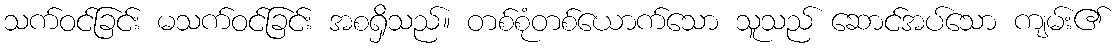
သက်ဝင်ခြင်း မသက်ဝင်ခြင်း အစရှိသည်။ တစ်စုံတစ်ယောက်သော သူသည် ဆောင်အပ်သော ကျမ်း၏